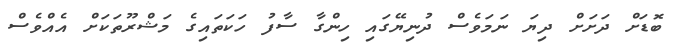
ބޮޑަށް ދަށަށް ދިޔަ ނަމަވެސް ދުނިޔޭގައި ހިންގާ ސާފު ހަކަތައިގެ މަޝްރޫތަކަށް އެއްވެސް